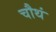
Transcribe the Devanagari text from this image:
चौथं